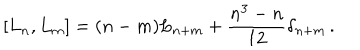
LaTeX: [ L _ { n } , L _ { m } ] = ( n - m ) L _ { n + m } + \frac { n ^ { 3 } - n } { 1 2 } \delta _ { n + m } \, .